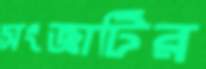
সংজ্ঞাটির